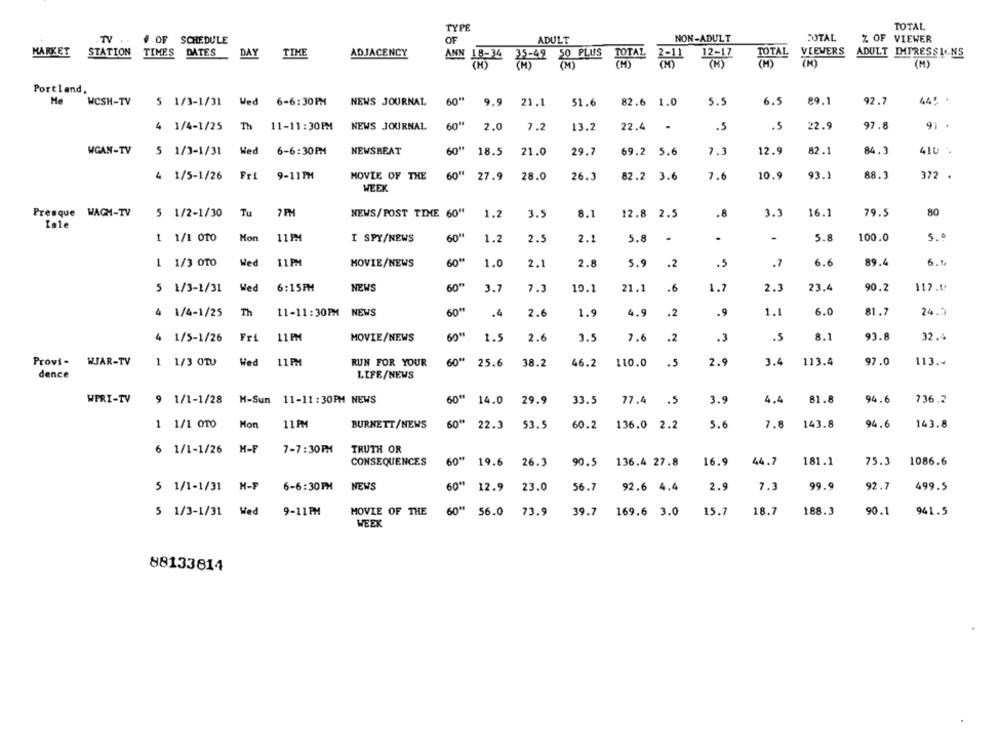
TYPE
TOTAL
TV
NON-ADULT
JUTAL
..
# OF SCHEDULE
OF
ADULT
% OF VIEWER
MARKET
STATION TIMES DATES
DAY
TIME
ADJACENCY
ANN
-49 50 PLUS
TOTAL
VIEWERS
ADULT IMPRESSIONS
18-24 35-42
2-11
12-17
TOTAL
(M)
(M)
(4 )
(M)
Portland,
445 .
He
WCSH-TV
5 1/3-1/31 Wed 6-6:30PM
NEWS JOURNAL
60"
9.9
21.1
51.6
82.6 1.0
5.5
6.5
89.1
92.7
4 1/4-1/25
Th 11-11:30PM
NEWS JOURNAL
60"
2.0
7.2
13.2
22.4
-
.5
.5
22.9
97.8
91 .
WGAN-TV
5 1/3-1/31
Wed
6-6:30PM
NEWSBEAT
60"
18.5
21.0
69.2 5.6
7.3
12.9
82.1
84.3
410
29.7
601
4 1/5-1/26
Fri
9-11PM
MOVIE OF THE
27.9
28.0
26.3
82.2 3.6
7.6
10.9
93.1
88.3
372 .
WEEK
Presque WAGH-TV
Tu
7 FM
16.1
80
5 1/2-1/30
NEWS/POST TIME 60"
1.2
3.5
8.1
12.8 2.5
3.3
79.5
Isle
1 1/1 0TO
Hon
11PM
I SPY/NEWS
60"
1.2
2.5
2.1
5.8
.
-
5.8
100.0
5.º
1 1/3 0TO
Wed
11PM
MOVIE/NEWS
60 **
1.0
2.1
2.8
5.9
.2
.5
.7
6.6
89.4
6.5
Wed
6:15FM
NEWS
60"
10.1
21.1
.6
1.7
2.3
23.4
90.2
117.0
5 1/3-1/31
3.7
7.3
4 1/4-1/25
Th
11-11:30PM NEWS
60"
.4
2.6
1.9
4.9
.2
.9
1.1
6.0
81.7
24.3
4 1/5-1/26
Fri
11 PM
MOVIE/NEWS
63"
1.5
2.6
3.5
7.6
.2
.3
.5
8.1
93.8
32.4
Provi-
WJAR-TV
1 1/3 OTU
Wed
11 PM
RUN FOR YOUR
60"
25.6
38.2
46.2
110.0
.5
2.9
3.4
113.4
97.0
113 .-
dence
LIFE/NEWS
WPRI-TV
9 1/1-1/28
9 1/1-1/28 M-Sun 11-11:30PM NEWS
60" 14.0 29.9
33.5
77.4
3.9
4.4
81.8
94.6
736.2
.5
Hon
143.8
1 1/1 0TO
11 PM
BURNETT/NEWS
60" 22.3
53.5
60.2
136.0 2.2
5.6
7.8 143.8
94.6
6 1/1-1/26
H-F
7-7:30PM
TRUTH OR
CONSEQUENCES
60"
16.9
44.7
181.1
75.3
1086.6
19.6
26.3
90.5 136.4 27.8
$ 1/1-1/31
H-F
6-6:30PM
NEWS
60"
12.9
23.0
56.7
92.6 4.4
2.9
7.3
99.9
92.7
499.5
5 1/3-1/31 Wed
9-11PM
MOVIE OF THE
60"
56.0
73.9
39.7
169.6 3.0
15.7
18.7
188.3
90.1
941.5
WEEK
88133814